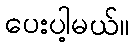
ပေးပါ့မယ်။